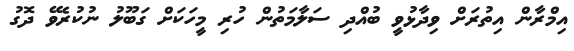
އިމްރާން އިތުރަށް ވިދާޅުވީ ބުއްދި ސަލާމަތުން ހުރި މީހަކަށް ގަބޫލު ނުކުރެވޭ ދޮގު